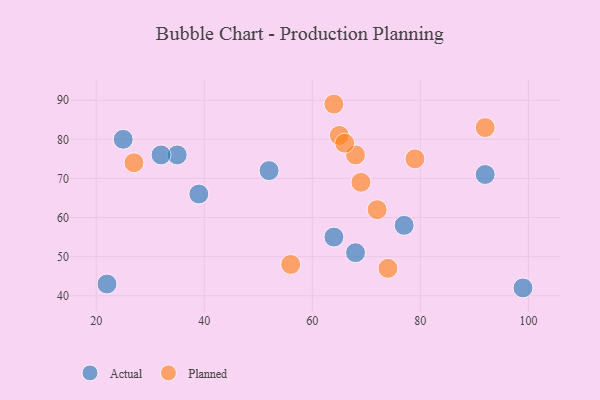
{"axis": {"x": "GDP", "y": "Life Expectancy"}, "legend": ["Actual", "Planned"], "data": [{"x": "77", "y": 58, "type": "Actual"}, {"x": "39", "y": 66, "type": "Actual"}, {"x": "35", "y": 76, "type": "Actual"}, {"x": "64", "y": 55, "type": "Actual"}, {"x": "22", "y": 43, "type": "Actual"}, {"x": "92", "y": 71, "type": "Actual"}, {"x": "68", "y": 51, "type": "Actual"}, {"x": "25", "y": 80, "type": "Actual"}, {"x": "32", "y": 76, "type": "Actual"}, {"x": "52", "y": 72, "type": "Actual"}, {"x": "99", "y": 42, "type": "Actual"}, {"x": "79", "y": 75, "type": "Planned"}, {"x": "64", "y": 89, "type": "Planned"}, {"x": "72", "y": 62, "type": "Planned"}, {"x": "92", "y": 83, "type": "Planned"}, {"x": "56", "y": 48, "type": "Planned"}, {"x": "68", "y": 76, "type": "Planned"}, {"x": "74", "y": 47, "type": "Planned"}, {"x": "27", "y": 74, "type": "Planned"}, {"x": "65", "y": 81, "type": "Planned"}, {"x": "69", "y": 69, "type": "Planned"}, {"x": "66", "y": 79, "type": "Planned"}]}